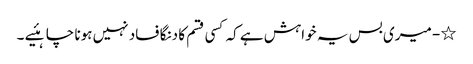
٭- میری بس یہ خواہش ہے کہ کسی قسم کا دنگا فساد نہیں ہونا چاہئیے ۔